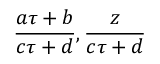
{ \frac { a \tau + b } { c \tau + d } } , { \frac { z } { c \tau + d } }